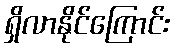
ရှိလာနိုင်ကြောင်း